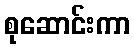
စုဆောင်းကာ